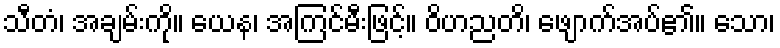
သီတံ၊ အချမ်းကို။ ယေန၊ အကြင်မီးဖြင့်။ ဝိဟညတိ၊ ဖျောက်အပ်၏။ သော၊